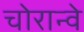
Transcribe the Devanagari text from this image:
चोरान्वे